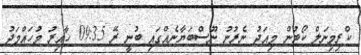
ކްރިމިނަލް ކޯޓުން މިއަދު ނެރުނު ނޫސްބަޔާނެއްގައި ބުނީ ރޭ 09:35 ހާއިރު މުހައްމަދު